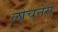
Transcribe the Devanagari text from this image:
लोचनेस